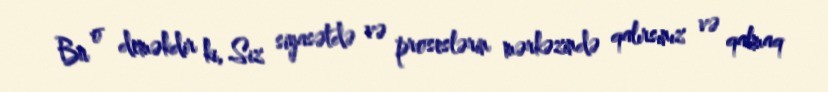
Bu o deməkdir ki, Siz siyasətdə və proseslərin mərkəzində qalırsınız və qalmaq